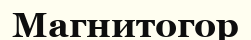
Магнитогор